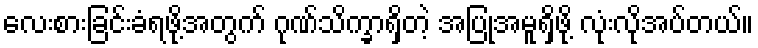
လေးစားခြင်းခံရဖို့အတွက် ဂုဏ်သိက္ခာရှိတဲ့ အပြုအမူရှိဖို့ လုံးလိုအပ်တယ်။